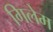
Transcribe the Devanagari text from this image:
गिलेम